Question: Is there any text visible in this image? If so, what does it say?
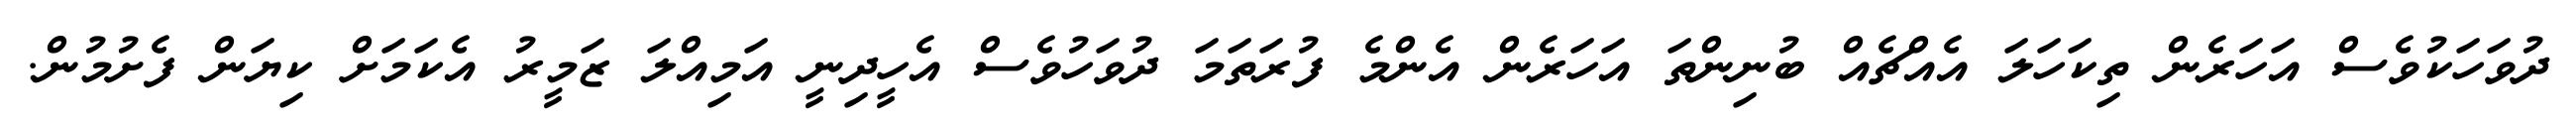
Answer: ދުވަހަކުވެސް އަހަރެން ތިކަހަލަ އެއްޗެއް ބުނިންތަ އަހަރެން އެންމެ ފުރަތަމަ ދުވަހުވެސް އެހީދިނީ އަމިއްލަ ޒަމީރު އެކަމަށް ކިޔަން ފެށުމުން.